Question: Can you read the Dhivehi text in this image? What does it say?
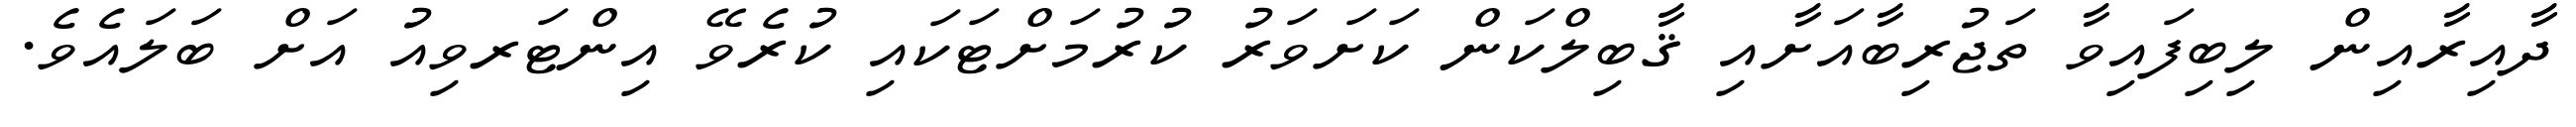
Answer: ދާއިރާއިން ލިބިފައިވާ ތަޖުރިބާއަށާއި ޤާބިލްކަން ކަށަވަރު ކުރުމަށްޓަކައި ކުރެވޭ އިންޓަރވިއު އަށް ބަލައެވެ.